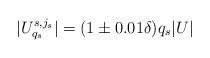
LaTeX: \begin{align*}|U_{q_s}^{s,j_s}|=(1\pm0.01\delta)q_s|U|\end{align*}